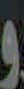
و